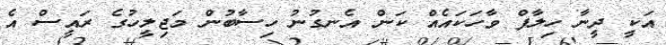
އަކީ ދީނާ ހިލާފް ވާހަކައެއް ކަން އެނގުނު ހިސާބުން މަޖިލީހުގެ ރައީސް އެ